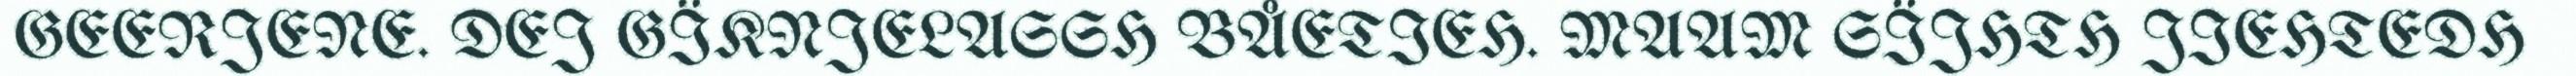
GEERJENE. DEJ GÏKNJELASSH BÅETIEH. MAAM SÏJHTH JIEHTEDH